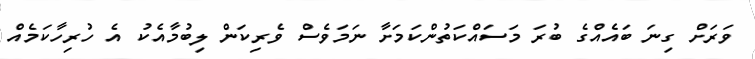
ވަރަށް ގިނަ ބައެއްގެ ބުރަ މަސައްކަތުންކަމަށާ ނަމަވެސް ވެރިކަން ލިބުމާއެކު އެ ހުރިހާކަމެއް